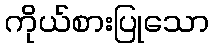
ကိုယ်စားပြုသော